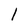
Character: 1